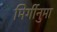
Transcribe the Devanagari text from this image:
मिर्गीनुमा